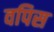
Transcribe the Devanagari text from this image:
वपिस